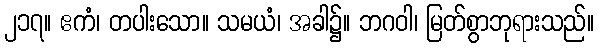
၂၁၇။ ဧကံ၊ တပါးသော။ သမယံ၊ အခါ၌။ ဘဂဝါ၊ မြတ်စွာဘုရားသည်။